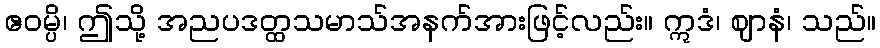
ဧဝမ္ပိ၊ ဤသို့ အညပဒတ္ထသမာသ်အနက်အားဖြင့်လည်း။ ဣဒံ၊ ဈာနံ၊ သည်။